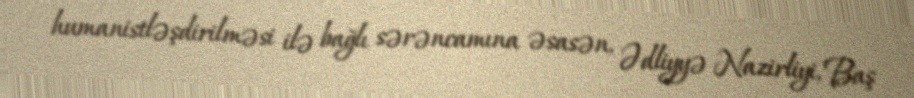
humanistləşdirilməsi ilə bağlı sərəncamına əsasən, Ədliyyə Nazirliyi, Baş